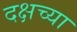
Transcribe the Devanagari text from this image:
दक्षच्या